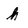
Character: h